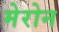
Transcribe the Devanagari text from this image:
मेरोन